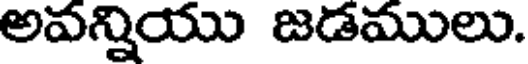
అవన్నియు జడములు.